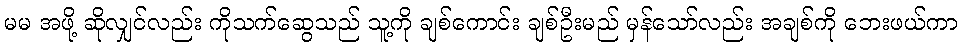
မမ အဖို့ ဆိုလျှင်လည်း ကိုသက်ဆွေသည် သူ့ကို ချစ်ကောင်း ချစ်ဦးမည် မှန်သော်လည်း အချစ်ကို ဘေးဖယ်ကာ